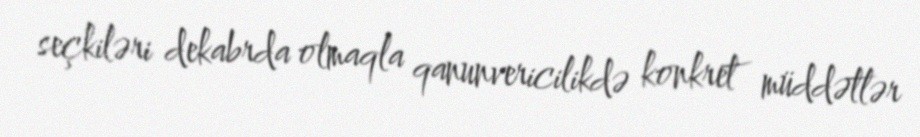
seçkiləri dekabrda olmaqla qanunvericilikdə konkret müddətlər